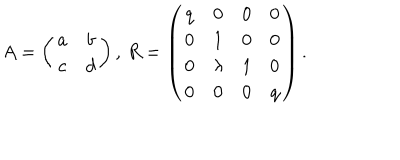
LaTeX: A = \left( \begin{array} { c c } { { a } } & { { b } } \\ { { c } } & { { d } } \\ \end{array} \right) , \, R = \left( \begin{array} { c c c c } { { q } } & { { 0 } } & { { 0 } } & { { 0 } } \\ { { 0 } } & { { 1 } } & { { 0 } } & { { 0 } } \\ { { 0 } } & { { \lambda } } & { { 1 } } & { { 0 } } \\ { { 0 } } & { { 0 } } & { { 0 } } & { { q } } \\ \end{array} \right) .